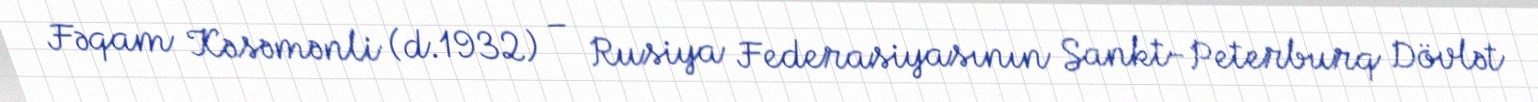
Fəqam Kəsəmənli (d.1932) – Rusiya Federasiyasının Sankt-Peterburq Dövlət